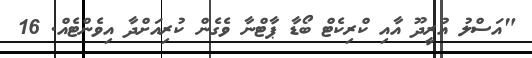
"އަސްލު އުރީދޫ އާއި ކްރިކެޓް ބޯޑާ ޕާޓްނާ ވެގެން ކުރިއަށްދާ އިވެންޓެއް. 16